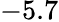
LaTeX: -5.7